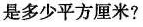
是多少平方厘米?